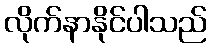
လိုက်နာနိုင်ပါသည်